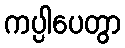
ကပ္ပါပေတွာ